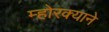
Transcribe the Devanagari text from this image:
म्होरक्याने